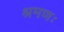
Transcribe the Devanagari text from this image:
श्रमणः